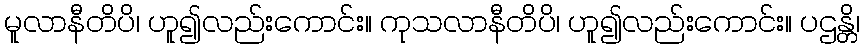
မူလာနီတိပိ၊ ဟူ၍လည်းကောင်း။ ကုသလာနီတိပိ၊ ဟူ၍လည်းကောင်း။ ပဌန္တိ၊